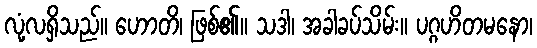
လုံ့လရှိသည်။ ဟောတိ၊ ဖြစ်၏။ သဒါ၊ အခါခပ်သိမ်း။ ပဂ္ဂဟိတမနော၊